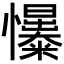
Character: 𢥟